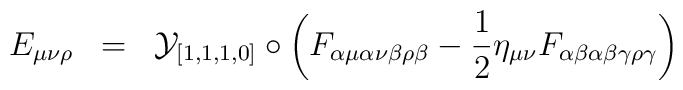
E_{\mu\nu\rho} \;\; =\;\; {\cal{Y}}_{[1,1,1,0]} \circ \left( F_{\alpha\mu\alpha\nu\beta\rho\beta} - \frac{1}{2} \eta_{\mu\nu} F_{\alpha\beta\alpha\beta\gamma\rho\gamma} \right)